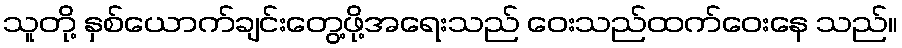
သူတို့ နှစ်ယောက်ချင်းတွေ့ဖို့အရေးသည် ဝေးသည်ထက်ဝေးနေ သည်။